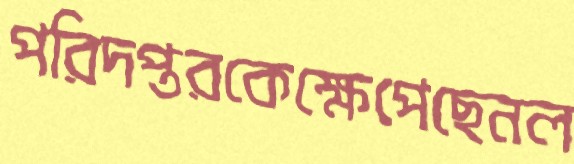
পরিদপ্তরকেক্ষেপেছেনল